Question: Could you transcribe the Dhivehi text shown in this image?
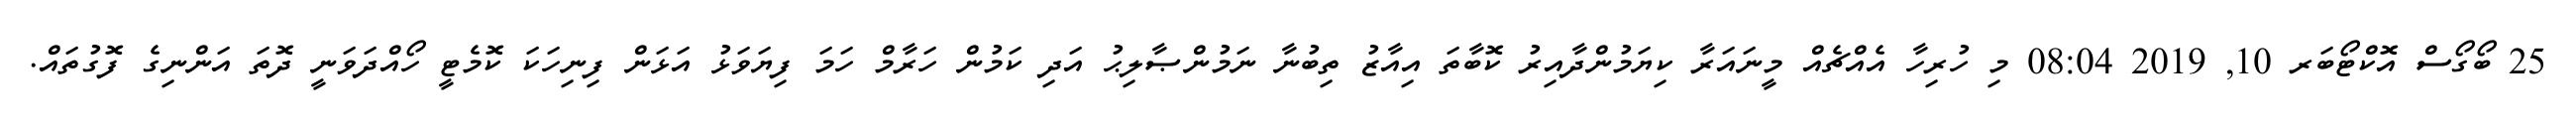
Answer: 25 ބޯގޯސް އޮކްޓޯބަރ 10, 2019 08:04 މި ހުރިހާ އެއްޗެއް މީނައަރާ ކިޔަމުންދާއިރު ކޮބާތަ އިއާޒު ތިބުނާ ނަމުންޞާލިޙު އަދި ކަމުން ހަރާމް ހަމަ ފިޔަވަޅު އަޅަން ފިނިހަކަ ކޮމެޓީ ހޯއްދަވަނީ ދޮތަ އަންނިގެ ފޮގުތައް.